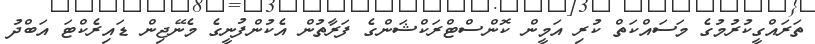
ތަރައްގީކުރުމުގެ މަސައްކަތް ކުރި އަމީން ކޮންސްޓްރަކްޝަންގެ ފަރާތުން އެކުންފުނީގެ މެނޭޖިން ޑައިރެކްޓަ އަބްދު